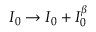
I _ { 0 } \rightarrow I _ { 0 } + I _ { 0 } ^ { \beta }